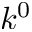
k ^ { 0 }